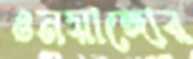
ওনয়াঙ্গোর